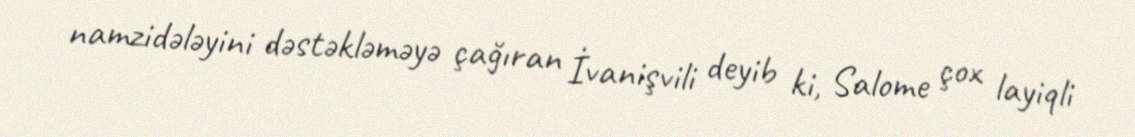
namzidələyini dəstəkləməyə çağıran İvanişvili deyib ki, Salome çox layiqli